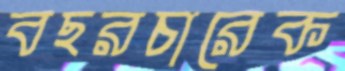
বছরচারেক